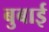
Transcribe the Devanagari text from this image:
बुबाई